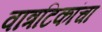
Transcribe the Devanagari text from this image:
वात्रटिकांचा